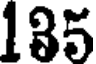
185